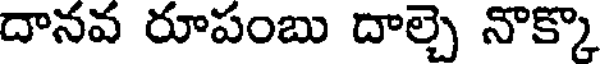
దానవ రూపంబు దాల్చె నొక్కొ